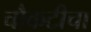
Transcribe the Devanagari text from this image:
चौकटीचा